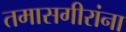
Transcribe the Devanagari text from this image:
तमासगीरांना